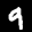
Label: 9